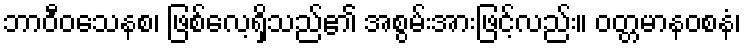
ဘာဝီဝသေနစ၊ ဖြစ်လေ့ရှိသည်၏ အစွမ်းအားဖြင့်လည်း။ ဝတ္တမာနဝစနံ၊